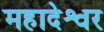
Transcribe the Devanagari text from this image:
महादेश्वर